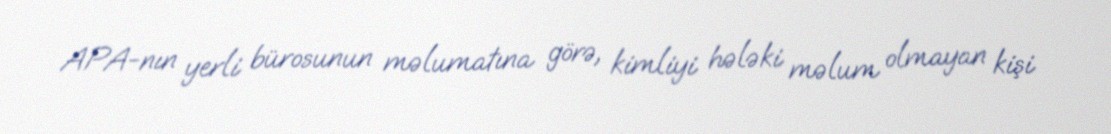
APA-nın yerli bürosunun məlumatına görə, kimliyi hələki məlum olmayan kişi